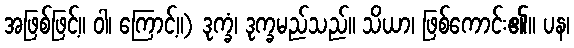
အဖြစ်ဖြင့်။ ဝါ၊ ကြောင့်။) ဒုက္ခံ၊ ဒုက္ခမည်သည်။ သိယာ၊ ဖြစ်ကောင်း၏။ ပန၊